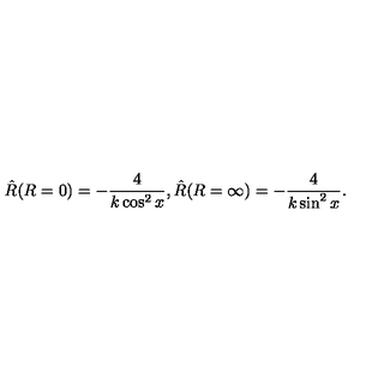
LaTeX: { \hat { R } } ( R = 0 ) = - { \frac { 4 } { k \cos ^ { 2 } x } } , { \hat { R } } ( R = \infty ) = - { \frac { 4 } { k \sin ^ { 2 } x } } .